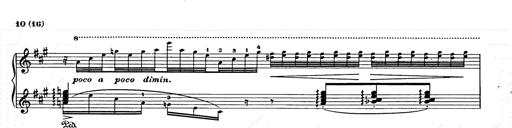
Title: Berceuse
Composer: Lucien Wurmser
Key: A major